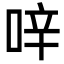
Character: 㖕